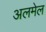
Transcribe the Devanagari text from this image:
अलमेल